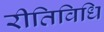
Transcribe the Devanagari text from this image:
रीतिविधि